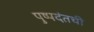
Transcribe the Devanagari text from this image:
पुष्पदंतची